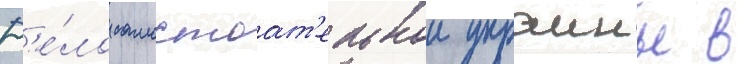
Д'е́ло самостоат'ельнои украины в